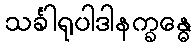
သင်္ခါရုပါဒါနက္ခန္ဓေ